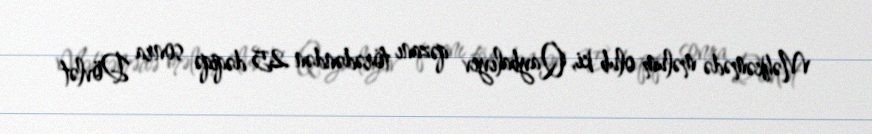
Məhkəmədə məlum olub ki, Qaybalıyev qəzanı törədəndən 25 dəqiqə sonra Dövlət